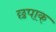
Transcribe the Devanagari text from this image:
छपाक